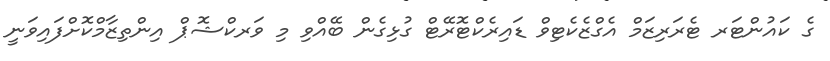
ގެ ކައުންޓަރ ޓެރަރިޒަމް އެގްޒެކެޓިވް ޑައިރެކްޓޮރޭޓް ގުޅިގެން ބޭއްވި މި ވަރކްޝޮޕް އިންތިޒާމްކޮށްފައިވަނީ